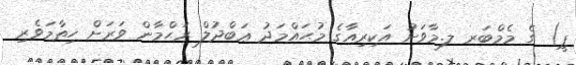
ޕީ) ގެ މެމްބަރ ލ.މާވަށު އަކިރިއާގެ މުޙައްމަދު ޢަބްދުލް ރަޙްމާން ވަރަށް ހިތާމަވެރި